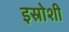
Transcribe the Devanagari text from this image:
इस्रोशी